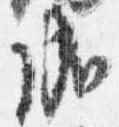
成